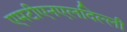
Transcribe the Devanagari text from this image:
एमटीएनएलदिल्ली